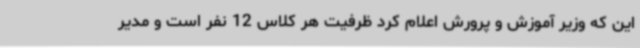
این که وزیر آموزش و پرورش اعلام کرد ظرفیت هر کلاس 12 نفر است و مدیر